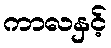
ကာလနှင့်